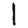
Digit: 1